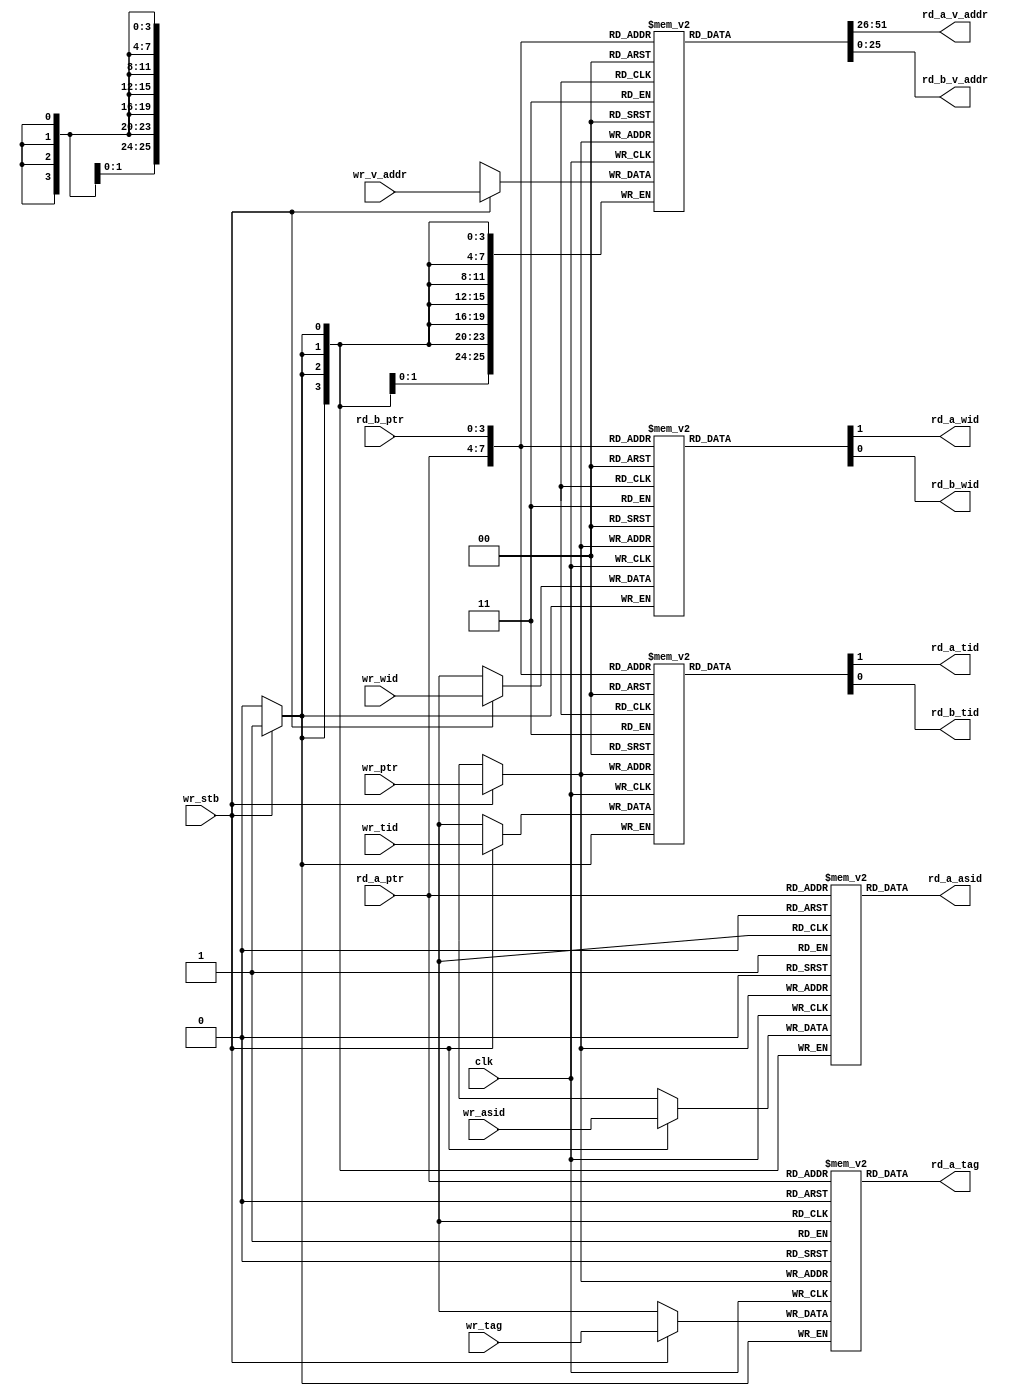
//==============================================================================================
//    Main contributors
//      - Adam Luczak         <mailto:adam.luczak@outlook.com>
//==============================================================================================
`default_nettype none
//----------------------------------------------------------------------------------------------
`timescale 1ns / 1ns                            
//==============================================================================================
module eco32_core_ifu_icm_tab
(
input  wire                             clk,

input  wire                             wr_stb,
input  wire                    [3:0]    wr_ptr,
input  wire                   [31:6]    wr_v_addr,
input  wire                    [3:0]    wr_asid,
input  wire                             wr_wid,
input  wire                             wr_tag,
input  wire                             wr_tid,

input  wire                    [3:0]    rd_a_ptr,
output wire                   [31:6]    rd_a_v_addr,
output wire                    [3:0]    rd_a_asid,
output wire                             rd_a_wid,
output wire                             rd_a_tag,
output wire                             rd_a_tid,

input  wire                    [3:0]    rd_b_ptr,
output wire                   [31:6]    rd_b_v_addr,
output wire                             rd_b_wid,
output wire                             rd_b_tid
);                             
//==============================================================================================
// parameters
//==============================================================================================
//==============================================================================================
// variables
//==============================================================================================
(*amstyle = "distributed"*) reg    [31:6] m_vaddr [15:0];
(*amstyle = "distributed"*) reg     [3:0] m_asid  [15:0];
(*amstyle = "distributed"*) reg           m_wid   [15:0];
(*amstyle = "distributed"*) reg           m_tid   [15:0];
(*amstyle = "distributed"*) reg           m_tag   [15:0];
//==============================================================================================
// memory
//==============================================================================================
always@(posedge clk)
if(wr_stb)
    begin
        m_vaddr [wr_ptr]    <= wr_v_addr;
        m_asid  [wr_ptr]    <= wr_asid;
        m_wid   [wr_ptr]    <= wr_wid;
        m_tid   [wr_ptr]    <= wr_tid;
        m_tag   [wr_ptr]    <= wr_tag;
    end
//----------------------------------------------------------------------------------------------
assign  rd_a_v_addr =                                                         m_vaddr[rd_a_ptr];
assign  rd_a_asid   =                                                         m_asid [rd_a_ptr];
assign  rd_a_wid    =                                                         m_wid  [rd_a_ptr];
assign  rd_a_tid    =                                                         m_tid  [rd_a_ptr];
assign  rd_a_tag    =                                                         m_tag  [rd_a_ptr];
//----------------------------------------------------------------------------------------------
assign  rd_b_v_addr =                                                         m_vaddr[rd_b_ptr];
assign  rd_b_wid    =                                                         m_wid  [rd_b_ptr];
assign  rd_b_tid    =                                                         m_tid  [rd_b_ptr];
//==============================================================================================
endmodule